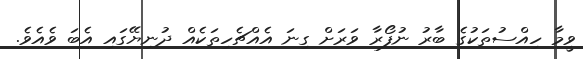
ވީމާ ހިއްސުތަކުގެ ބާރު ނުފޯރާ ވަރަށް ގިނަ އެއްޗެހިތަކެއް ދުނިޔޭގައި އެބަ ވެއެވެ.